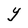
Character: Y